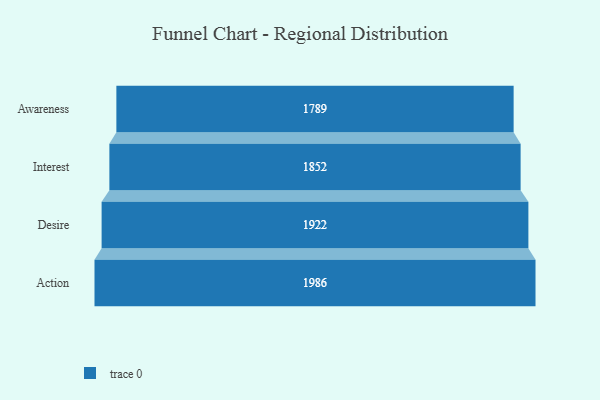
{"axis": {"x": "Stage", "y": "Value"}, "legend": [""], "data": [{"x": "Awareness", "y": 1789.0, "type": ""}, {"x": "Interest", "y": 1852.0, "type": ""}, {"x": "Desire", "y": 1922.0, "type": ""}, {"x": "Action", "y": 1986.0, "type": ""}]}